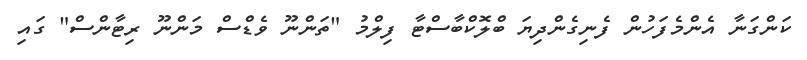
ކަންގަނާ އެންމެފަހުން ފެނިގެންދިޔަ ބްލޮކްބާސްޓާ ފިލްމު "ތަންނޫ ވެޑްސް މަންނޫ ރިޓާންސް" ގައި